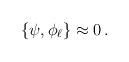
LaTeX: \begin{align*}\left\{\psi,\phi_\ell\right\}\approx 0\,.\end{align*}